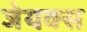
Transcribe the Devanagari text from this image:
जेयक्स